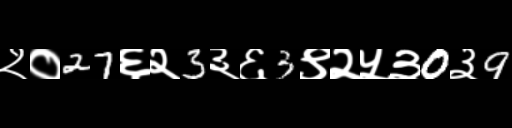
Text: २०27६२3३६3९२५३0३9